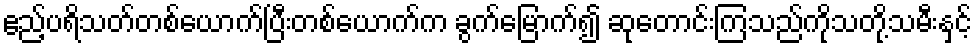
ဧည့်ပရိသတ်တစ်ယောက်ပြီးတစ်ယောက်က ခွက်မြောက်၍ ဆုတောင်းကြသည်ကိုသတို့သမီးနှင့်